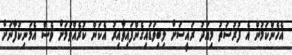
އެހެންކަމުން އެ ފުރުސަތު މިއަދު ރައީސަށް ލިބިވަޑައިގެންފައިވާއިރު އެކަން ކުރެއްވުމަށް ވެސް އެމަނިކުފާނަށް